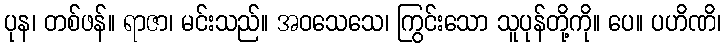
ပုန၊ တစ်ဖန်။ ရာဇာ၊ မင်းသည်။ အဝသေသေ၊ ကြွင်းသော သူပုန်တို့ကို။ ပေ။ ပဟိဏိ၊